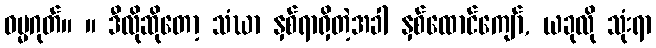
ဓမ္မဂုတ်။ ။ ဒီလိုဆိုတော့ သံဃာ နှစ်ရာရှိတဲ့အခါ နှစ်ထောင်ကျော်, ယခုလို သုံးရာ